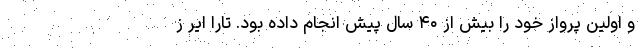
و اولین پرواز خود را بیش از ۴۰ سال پیش انجام داده بود. تارا ایر ز